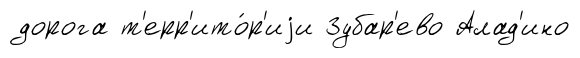
дорога т'ерр'ито́р'иjи Зубар'ево Алад'ино